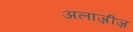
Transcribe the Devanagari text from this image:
अलाज़ीज़